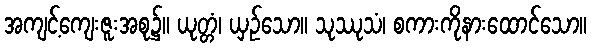
အကျင့်ကျေးဇူးအစု၌။ ယုတ္တံ၊ ယှဉ်သော။ သုဿုသံ၊ စကားကိုနားထောင်သော။